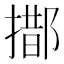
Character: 𨝨